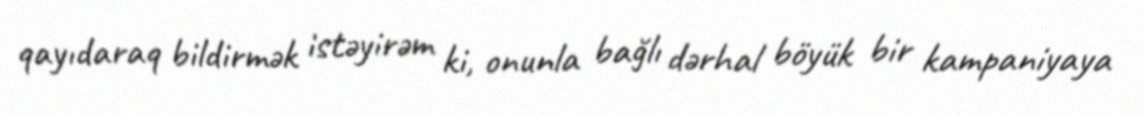
qayıdaraq bildirmək istəyirəm ki, onunla bağlı dərhal böyük bir kampaniyaya